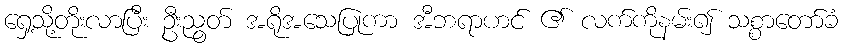
ရှေ့သို့တိုးလာပြီး ဦးညွတ် အရိုအသေပြုကာ အီဘရာဟင် ၏ လက်ကိုနမ်း၍ သစ္စာတော်ခံ